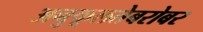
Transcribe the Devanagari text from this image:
अनुकूलतेबरोबर